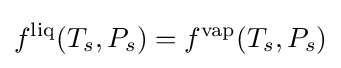
f^{\text{liq}}(T_{s},P_{s})=f^{\text{vap}}(T_{s},P_{s})